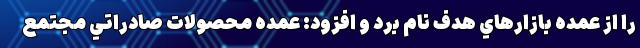
را از عمده بازارهاي هدف نام برد و افزود: عمده محصولات صادراتي مجتمع